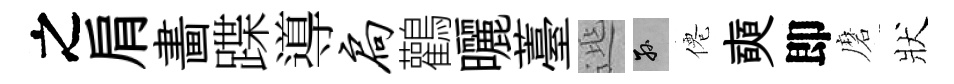
之肩畵蹀導扃鸛曬薹𨓱孫僊奭即磨狀